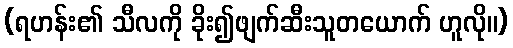
(ရဟန်း၏ သီလကို ခိုး၍ဖျက်ဆီးသူတယောက် ဟူလို။)